Civil Veterinary Department. Madras. Admin. report 1926-33 - 1926-1933
Year: 1926
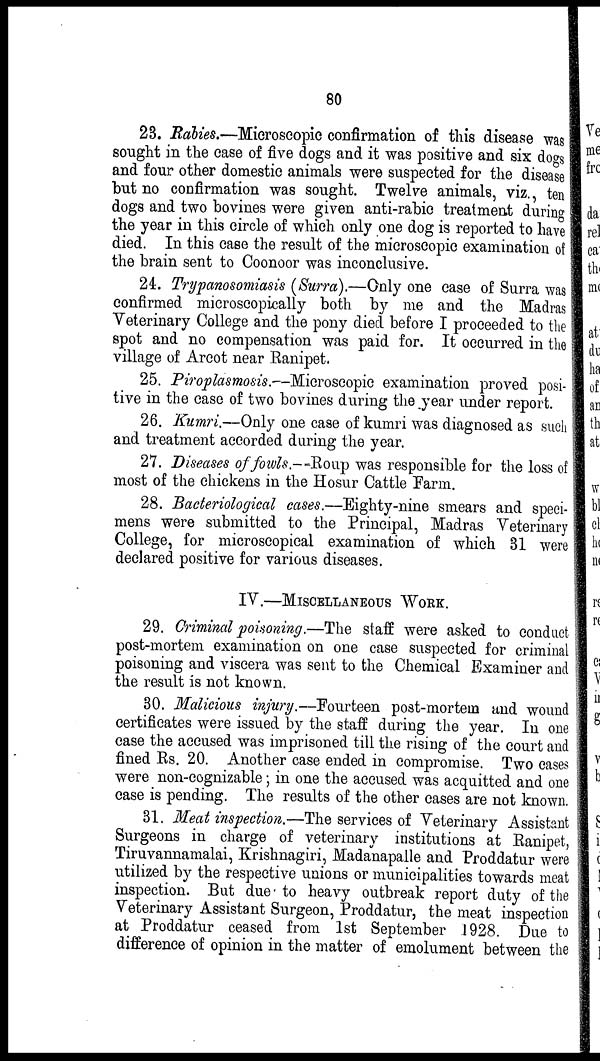
80
23. Rabies.—Microscopic confirmation of this disease was
sought in the case of five dogs and it was positive and six dogs
and four other domestic animals were suspected for the disease
but no confirmation was sought. Twelve animals, viz., ten
dogs and two bovines were given anti-rabic treatment during
the year in this circle of which only one dog is reported to have
died. In this case the result of the microscopic examination of
the brain sent to Coonoor was inconclusive.
24. Trypanosomiasis (Surra).—Only one case of Surra was
confirmed microscopically both by me and the Madras
Veterinary College and the pony died before I proceeded to the
spot and no compensation was paid for. It occurred in the
village of Arcot near Ranipet.
25. Piroplasmosis.-—Microscopic examination proved posi-
tive in the case of two bovines during the year under report.
26. Kumri.—Only one case of kumri was diagnosed as such
and treatment accorded during the year.
27. Diseases of fowls.—Roup was responsible for the loss of
most of the chickens in the Hosur Cattle Farm.
28. Bacteriological cases.—Eighty-nine smears and speci-
mens were submitted to the Principal, Madras Veterinary
College, for microscopical examination of which 31 were
declared positive for various diseases.
IV.—MISOELLANEOUS WORK.
29. Criminal poisoning.—The staff were asked to conduct
post-mortem examination on one case suspected for criminal
poisoning and viscera was sent to the Chemical Examiner and
the result is not known.
30. Malicious injury.—Fourteen post-mortem and wound
certificates were issued by the staff during the year. In one
case the accused was imprisoned till the rising of the court and
fined Rs. 20. Another case ended in compromise. Two cases
were non-cognizable; in one the accused was acquitted and one
case is pending. The results of the other cases are not known.
81. Meat inspection.—The services of Veterinary Assistant
Surgeons in charge of veterinary institutions at Ranipet,
Tiruvannamalai, Krishnagiri, Madanapalle and Proddatur were
utilized by the respective unions or municipalities towards meat
inspection. But due to heavy outbreak report duty of the
Veterinary Assistant Surgeon, Proddatur, the meat inspection
at Proddatur ceased from 1st September 1928. Due to
difference of opinion in the matter of emolument between the